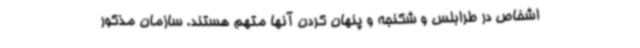
اشخاص در طرابلس و شکنجه و پنهان کردن آنها متهم هستند. سازمان مذکور